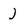
Character: j